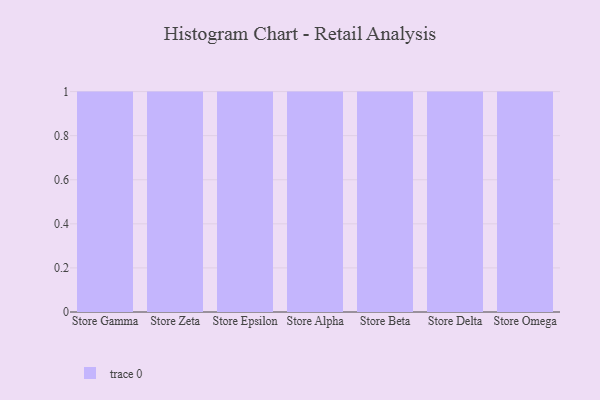
{"axis": {"x": "Store", "y": "Demand Index"}, "legend": [""], "data": [{"x": "Store Gamma", "y": 74, "type": ""}, {"x": "Store Zeta", "y": 90, "type": ""}, {"x": "Store Epsilon", "y": 82, "type": ""}, {"x": "Store Alpha", "y": 88, "type": ""}, {"x": "Store Beta", "y": 46, "type": ""}, {"x": "Store Delta", "y": 22, "type": ""}, {"x": "Store Omega", "y": 92, "type": ""}]}